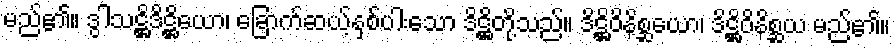
မည်၏။ ဒွါသဋ္ဌိဒိဋ္ဌိယော၊ ခြောက်ဆယ့်နှစ်ပါးသော ဒိဋ္ဌိတို့သည်။ ဒိဋ္ဌိဝိနိစ္ဆယော၊ ဒိဋ္ဌိဝိနိစ္ဆယ မည်၏။